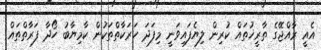
އެއީ ރާއްޖޭގެ ތާރީޚުތައް ކުރިން ލިޔެފައިވަނީ މިފަދަ ހަރަކާތްތަކުން ކާމިޔާބު ހޯދާ ފަރާތްތައް